Annual report of the Bengal Veterinary College and of the Civil Veterinary Department, Bengal, for the year 1911-1912 - 1911-1912
Year: 1911
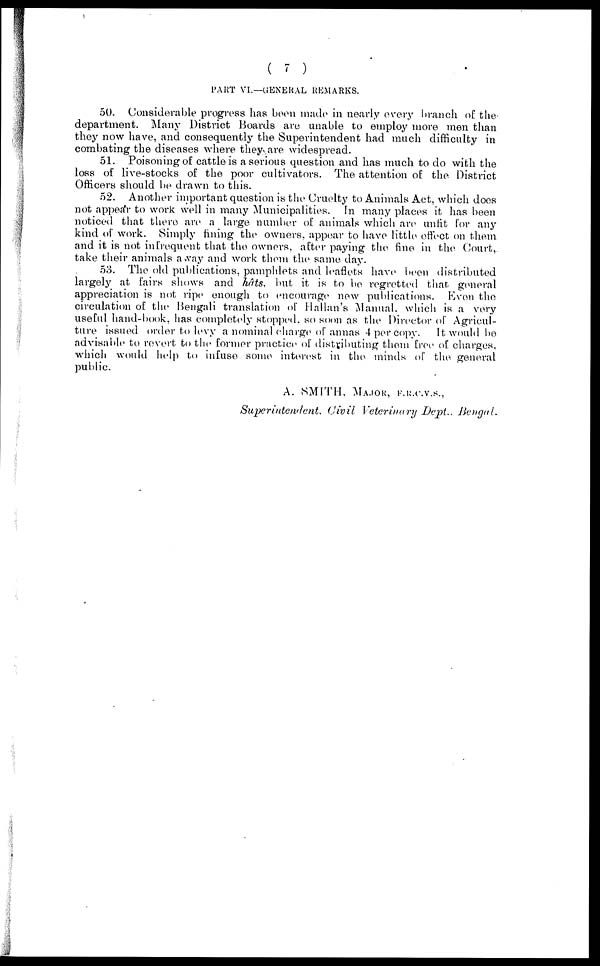
( 7 )
PART VI.—GENERAL REMARKS.
50. Considerable progress has been made in nearly every branch of the
department. Many District Boards are unable to employ more men than
they now have, and consequently the Superintendent had much difficulty in
combating the diseases where they are widespread.
51. Poisoning of cattle is a serious question and has much to do with the
loss of live-stocks of the poor cultivators. The attention of the District
Officers should be drawn to this.
52. Another important question is the Cruelty to Animals Act, which does
not appear to work well in many Municipalities. In many places it has been
noticed that there are a large number of animals which are unfit for any
kind of work. Simply fining the owners, appear to have little effect on them
and it is not infrequent that the owners, after paying the fine in the Court,
take their animals away and work them the same day.
53. The old publications, pamphlets and leaflets have been distributed
largely at fairs shows and hâts, but it is to be regretted that general
appreciation is not ripe enough to encourage new publications. Even the
circulation of the Bengali translation of Hallan's Manual, which is a very
useful hand-book, has completely stopped. so soon as the Director of Agricul-
ture issued order to levy a nominal charge of annas 4 per copy. It would be
advisable to revert to the former practice of distributing them free of charges,
which would help to infuse some interest in the minds of the general
public.
A. SMITH, MAJOR, F.R.C.V.S.,
Superintendent. Civil Veterinary Dept.. Bengal.